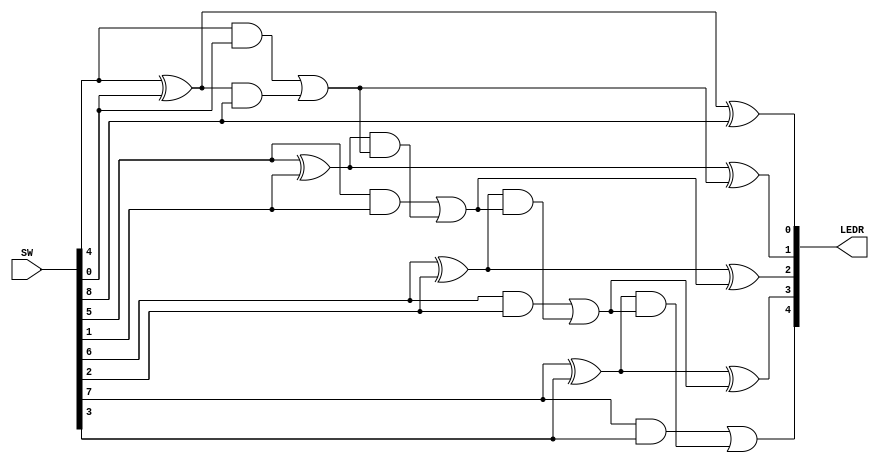
module Lab2_Part1(
    input [8:0] SW,
    output [4:0] LEDR 
    );
    
    wire OUT0, OUT1, OUT2, OUT3;
    wire CIN,COUT0,COUT1,COUT2,COUT3;
    
    wire [3:0] A;
    wire [3:0] B;
   
    assign A = SW[7:4];
    assign B = SW[3:0];
    assign CIN = SW[8];
    
    assign OUT0 = (A[0] ^ B[0])^ CIN;
    assign COUT0 = (A[0] && B[0]) || ((A[0] ^ B[0]) && CIN);
    assign LEDR[0] = OUT0;
    
    assign OUT1 = (A[1] ^ B[1])^ COUT0;
    assign COUT1 = (A[1] && B[1]) || ((A[1] ^ B[1]) && COUT0);
    assign LEDR[1] = OUT1;
    
    assign OUT2 = (A[2] ^ B[2])^ COUT1;
    assign COUT2 = (A[2] && B[2]) || ((A[2] ^ B[2]) && COUT1);
    assign LEDR[2] = OUT2;
    
    assign OUT3 = (A[3] ^ B[3])^ COUT2;
    assign COUT3 = (A[3] && B[3]) || ((A[3] ^ B[3]) && COUT2);
    assign LEDR[3] = OUT3;
    assign LEDR[4] = COUT3;    
    
endmodule